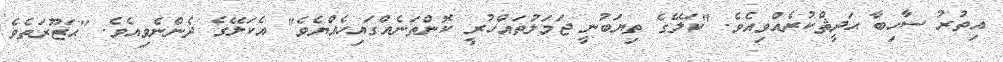
އިތުރު ސާހިބާ ޙަދީޘްކުރެއްވިއެވެ. "ކަލޭގެ ތިޔަބުނީ ޖަމަލުތައްހުރީ ކޮންތަނެއްގައިހެއްޔެވެ" އެކަލޭގެ ދެންނެވިއެވެ. "ޙަޒޫރަތެވެ